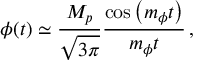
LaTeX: \phi ( t ) \simeq \frac { M _ { p } } { \sqrt { 3 \pi } } \frac { \cos \left( m _ { \phi } t \right) } { m _ { \phi } t } \, ,